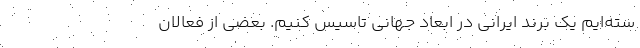
سته‌ایم یک برند ایرانی در ابعاد جهانی تاسیس کنیم. بعضی از فعالان